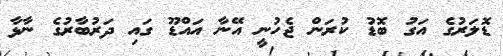
ޑޮލަރުގެ އަގު ބޮޑު ކުރަން ޖެހުނީ އޭނާ އައްޑޫ ގައި ދަރުބާރުގެ ނާޅާ